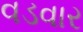
વડવાર